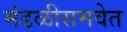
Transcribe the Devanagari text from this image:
मंडळीसमवेत